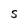
Character: S